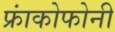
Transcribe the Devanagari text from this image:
फ्रांकोफोनी